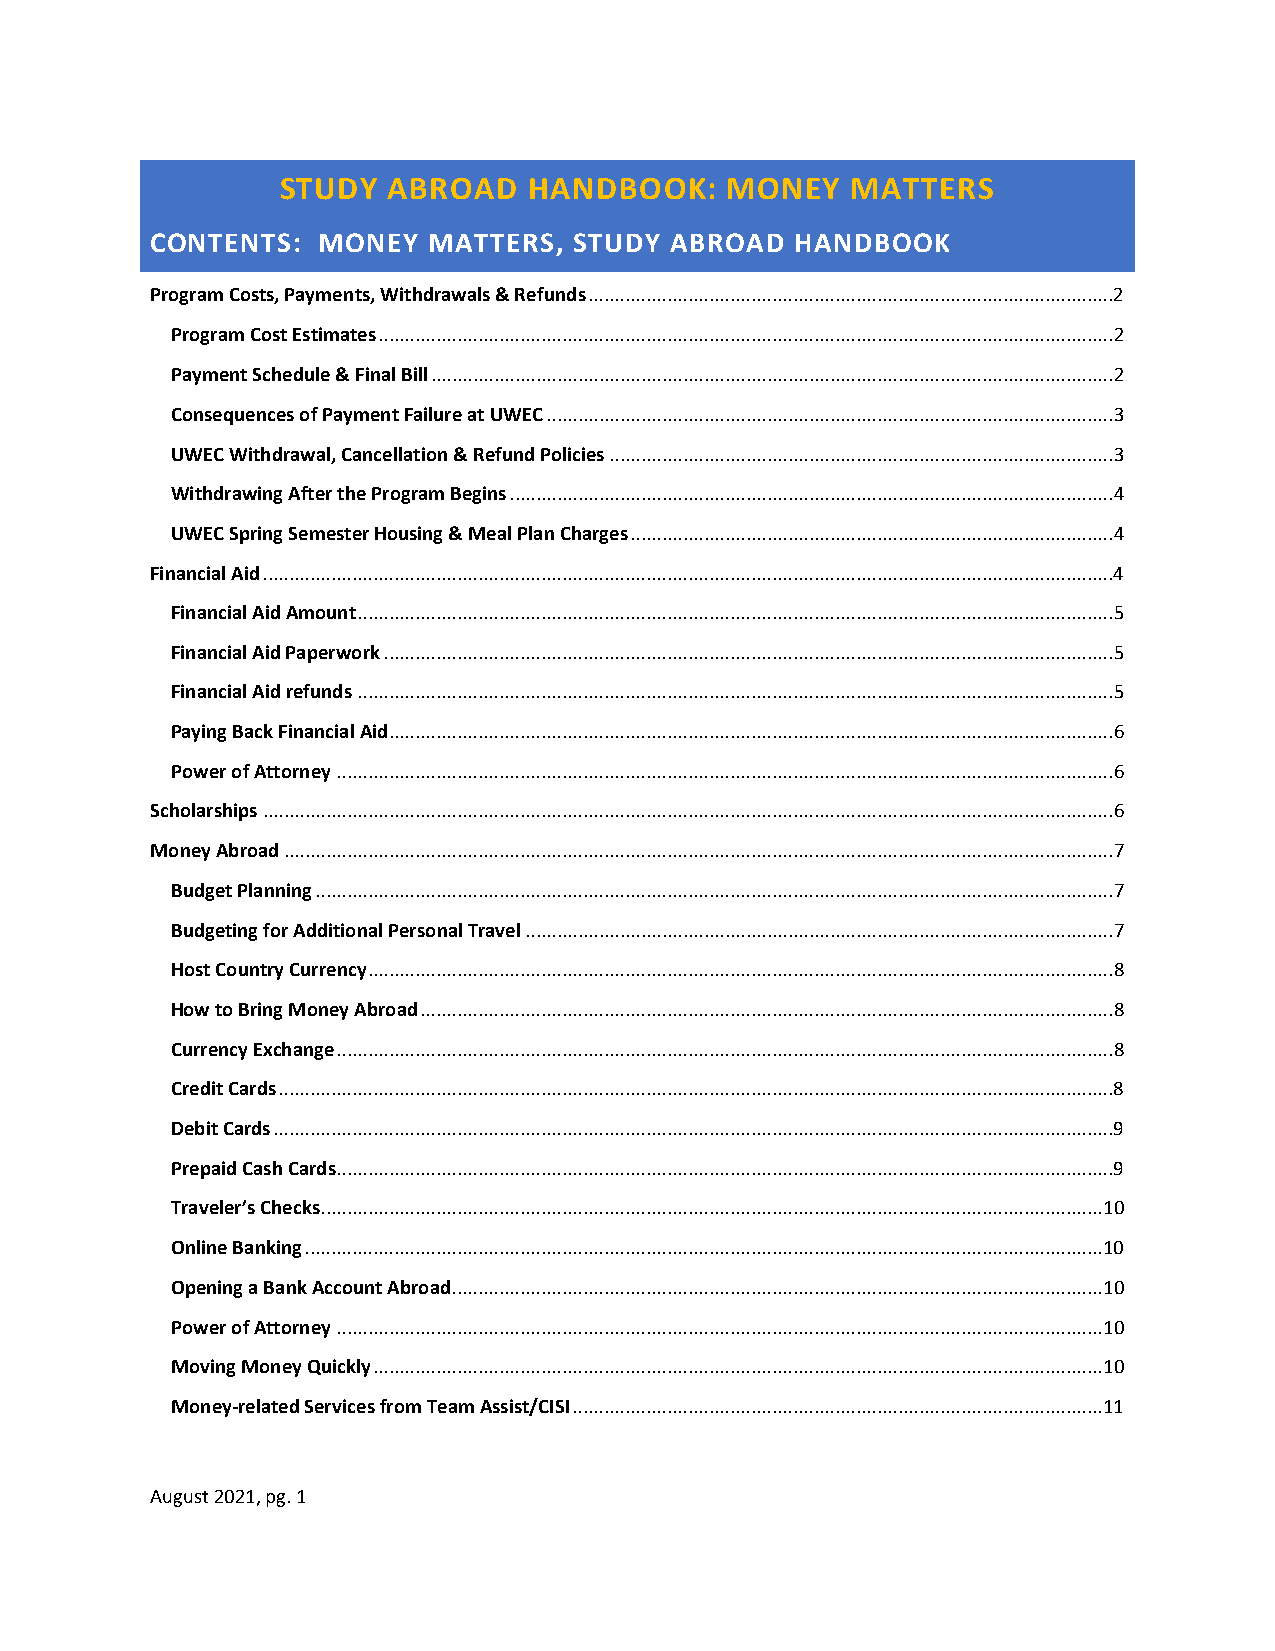
STUDY  ABROAD   HANDBOOK:    MONEY   MATTERS
 CONTENTS:  MONEY  MATTERS,  STUDY ABROAD   HANDBOOK
 Program Costs, Payments, Withdrawals & Refunds .................................................................................................... 2
 Program Cost Estimates ............................................................................................................................................ 2
 Payment Schedule & Final Bill .................................................................................................................................. 2
 Consequences of Payment Failure at UWEC ............................................................................................................ 3
 UWEC Withdrawal, Cancellation & Refund Policies ................................................................................................ 3
 Withdrawing After the Program Begins ................................................................................................................... 4
 UWEC Spring Semester Housing & Meal Plan Charges ............................................................................................ 4
 Financial Aid .................................................................................................................................................................. 4
 Financial Aid Amount ................................................................................................................................................ 5
 Financial Aid Paperwork ........................................................................................................................................... 5
 Financial Aid refunds ................................................................................................................................................ 5
 Paying Back Financial Aid.......................................................................................................................................... 6
 Power of Attorney .................................................................................................................................................... 6
 Scholarships .................................................................................................................................................................. 6
 Money Abroad .............................................................................................................................................................. 7
 Budget Planning ........................................................................................................................................................ 7
 Budgeting for Additional Personal Travel ................................................................................................................ 7
 Host Country Currency .............................................................................................................................................. 8
 How to Bring Money Abroad .................................................................................................................................... 8
 Currency Exchange .................................................................................................................................................... 8
 Credit Cards ............................................................................................................................................................... 8
 Debit Cards ................................................................................................................................................................ 9
 Prepaid Cash Cards.................................................................................................................................................... 9
 Traveler’s Checks..................................................................................................................................................... 10
 Online Banking ........................................................................................................................................................ 10
 Opening a Bank Account Abroad ............................................................................................................................ 10
 Power of Attorney .................................................................................................................................................. 10
 Moving Money Quickly ........................................................................................................................................... 10
 Money-related Services from Team Assist/CISI ..................................................................................................... 11
 August 2021, pg. 1